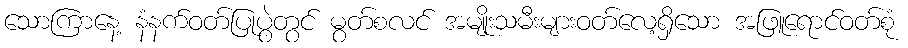
သောကြာနေ့ နံနက်ဝတ်ပြုပွဲတွင် မွတ်စလင် အမျိုးသမီးများဝတ်လေ့ရှိသော အဖြူရောင်ဝတ်စုံ